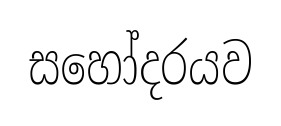
සහෝදරයව